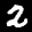
Label: 2